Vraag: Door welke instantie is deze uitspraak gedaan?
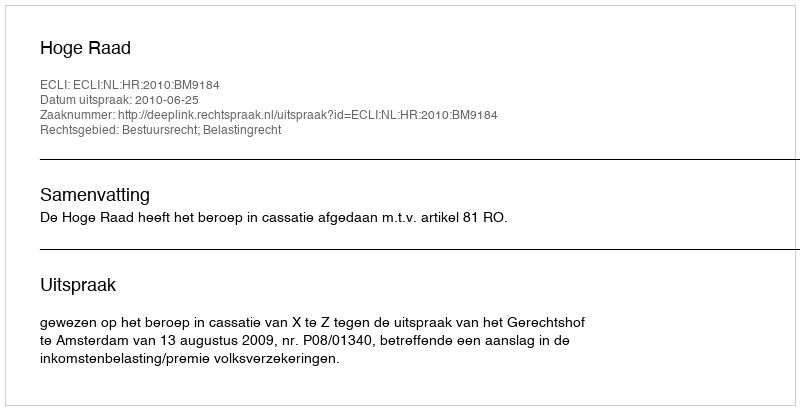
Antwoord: Hoge Raad